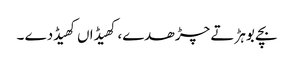
بچے بوہڑ تے چڑھدے، کھیڈاں کھیڈدے ۔